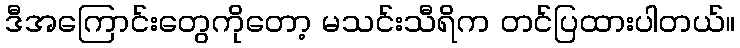
ဒီအကြောင်းတွေကိုတော့ မသင်းသီရိက တင်ပြထားပါတယ်။